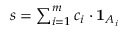
\textstyle s = \sum _ { i = 1 } ^ { m } c _ { i } \cdot { \mathbf { 1 } } _ { A _ { i } }